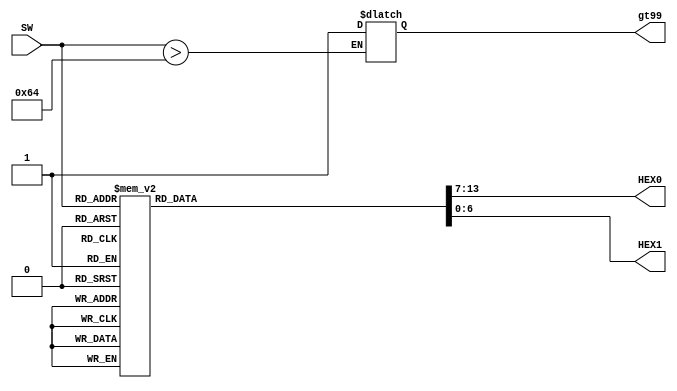
module bcd2driver(
/*
	//////////// CLOCK //////////
	input 		          		ADC_CLK_10,
	input 		          		MAX10_CLK1_50,
	input 		          		MAX10_CLK2_50,

	//////////// SDRAM //////////
	output		    [12:0]		DRAM_ADDR,
	output		     [1:0]		DRAM_BA,
	output		          		DRAM_CAS_N,
	output		          		DRAM_CKE,
	output		          		DRAM_CLK,
	output		          		DRAM_CS_N,
	inout 		    [15:0]		DRAM_DQ,
	output		          		DRAM_LDQM,
	output		          		DRAM_RAS_N,
	output		          		DRAM_UDQM,
	output		          		DRAM_WE_N,

	//////////// SEG7 //////////
	
	output		     [7:0]		HEX2,
	output		     [7:0]		HEX3,
	output		     [7:0]		HEX4,
	output		     [7:0]		HEX5,

	//////////// KEY //////////
	input 		     [1:0]		KEY,

	//////////// LED //////////
	output		     [9:0]		LEDR,

	//////////// SW //////////
	input 		     [9:0]		SW,

	//////////// Accelerometer //////////
	output		          		GSENSOR_CS_N,
	input 		     [2:1]		GSENSOR_INT,
	output		          		GSENSOR_SCLK,
	inout 		          		GSENSOR_SDI,
	inout 		          		GSENSOR_SDO
*/	
	output	reg	     [6:0]		HEX0,
	output	reg	     [6:0]		HEX1,
	input [6:0] SW,
	output reg  gt99
);



//=======================================================
//  REG/WIRE declarations
//=======================================================


   parameter ZERO =  8'b1100_0000;
   parameter ONE =   8'b1111_1001;
	parameter TWO =  8'b1010_0100;
	parameter THREE =  8'b1011_0000;
	parameter FOUR =  8'b1001_1001;
	parameter FIVE =  8'b1001_0010;
	parameter SIX =  8'b1000_0010;
	parameter SEVEN =  8'b1111_1000;
	parameter EIGHT =  8'b1000_0000;
	parameter NINE =  8'b1001_1000;


//=======================================================
//  Structural coding
   
   
    //Internal variables
	 /*
    reg [13:0] bcd; 
     reg [3:0] i;   
     */
     //Always block - implement the Double Dabble algorithm
     always @(SW)begin
	  if(SW[6:0]>8'b0110_0100)begin
	  gt99=1;
	  end
	
	  
	 
		
		case(SW)
			8'b0000_0000: begin
            HEX1 = ZERO; 
            HEX0 = ZERO;
         end
			8'b0000_0001: begin
            HEX1 = ZERO; 
            HEX0 = ONE;
         end
			8'b0000_0010: begin
            HEX1 = ZERO; 
            HEX0 = TWO;
         end
			8'b0000_0011: begin
            HEX1 = ZERO; 
            HEX0 = THREE;
         end
			8'b0000_0100: begin
            HEX1 = ZERO; 
            HEX0 = FOUR;
         end
			8'b0000_0101: begin
            HEX1 = ZERO; 
            HEX0 = FIVE;
         end
			8'b0000_0110: begin
            HEX1 = ZERO; 
            HEX0 = SIX;
         end
			8'b0000_0111: begin
            HEX1 = ZERO; 
            HEX0 = SEVEN;
         end
			8'b0000_1000: begin
            HEX1 = ZERO; 
            HEX0 = EIGHT;
         end
			8'b0000_1001: begin
            HEX1 = ZERO; 
            HEX0 = NINE;
         end
			4'b0000_1010: begin
            HEX1 = ONE; 
            HEX0 = ZERO;
         end
			8'b0000_1011: begin
            HEX1 = ONE; 
            HEX0 = ONE;
         end
			8'b0000_1100: begin
            HEX1 = ONE; 
            HEX0 = TWO;
         end
			8'b0000_1101: begin
            HEX1 = ONE; 
            HEX0 = THREE;
         end
			8'b0000_1110: begin
            HEX1 = ONE; 
            HEX0 = FOUR;
         end
			8'b0000_1111: begin
            HEX1 = ONE; 
            HEX0 = FIVE;
         end
			8'b0001_0000: begin
            HEX1 = ONE; 
            HEX0 = SIX;
         end
			8'b0001_0001: begin
            HEX1 = ONE; 
            HEX0 = SEVEN;
         end
			8'b0001_0010: begin
            HEX1 = ONE; 
            HEX0 = EIGHT;
         end
			8'b0001_0011: begin
            HEX1 = ONE; 
            HEX0 = NINE;
         end
			8'b0001_0100: begin
            HEX1 = TWO; 
            HEX0 = ZERO;
         end
			8'b0001_0101: begin
            HEX1 = TWO; 
            HEX0 = ONE;
         end
			8'b0001_0110: begin
            HEX1 = TWO; 
            HEX0 = TWO;
         end
			8'b0001_0111: begin
            HEX1 = TWO; 
            HEX0 = THREE;
         end
			8'b0001_0111: begin
            HEX1 = TWO; 
            HEX0 = THREE;
         end
			8'b0001_0111: begin
            HEX1 = TWO; 
            HEX0 = THREE;
         end
			8'b0001_1000: begin
            HEX1 = TWO; 
            HEX0 = FOUR;
         end
			8'b0001_1001: begin
            HEX1 = TWO; 
            HEX0 = FIVE;
         end
			8'b0001_1010: begin
            HEX1 = TWO; 
            HEX0 = SIX;
         end
			8'b0001_1011: begin
            HEX1 = TWO; 
            HEX0 = SEVEN;
         end
			8'b0001_1100: begin
            HEX1 = TWO; 
            HEX0 = EIGHT;
         end
			8'b0001_1101: begin
            HEX1 = TWO; 
            HEX0 = NINE;
         end
			8'b0001_1110: begin
            HEX1 = THREE; 
            HEX0 = ZERO;
         end
			8'b0001_1111: begin
            HEX1 = THREE; 
            HEX0 = ONE;
         end
			8'b0010_0000: begin
            HEX1 = THREE; 
            HEX0 = TWO;
         end
			8'b0010_0001: begin
            HEX1 = THREE; 
            HEX0 = THREE;
         end
			8'b0010_0010: begin
            HEX1 = THREE; 
            HEX0 = FOUR;
         end
			8'b0010_0011: begin
            HEX1 = THREE; 
            HEX0 = FIVE;
         end
			8'b0010_0100: begin
            HEX1 = THREE; 
            HEX0 = SIX;
         end
			8'b0010_0101: begin
            HEX1 = THREE; 
            HEX0 = SEVEN;
         end
			8'b0010_0111: begin
            HEX1 = THREE; 
            HEX0 = EIGHT;
         end
			8'b0010_1000: begin
            HEX1 = THREE; 
            HEX0 = NINE;
         end
			8'b0010_1001: begin
            HEX1 = FOUR; 
            HEX0 = ZERO;
         end
			8'b0010_1010: begin
            HEX1 = FOUR; 
            HEX0 = ONE;
         end
			8'b0010_1011: begin
           HEX1 = FOUR; 
            HEX0 = TWO;
         end
			8'b0010_1100: begin
            HEX1 = FOUR; 
            HEX0 = THREE;
         end
			8'b0010_1101: begin
            HEX1 = FOUR; 
            HEX0 = FOUR;
         end
				8'b0010_1110: begin
            HEX1 = FOUR; 
            HEX0 = FIVE;
         end
				8'b0010_1111: begin
            HEX1 = FOUR; 
            HEX0 = SIX;
         end
				8'b0011_0000: begin
            HEX1 = FOUR; 
            HEX0 = SEVEN;
         end
			8'b0011_0001: begin
            HEX1 = FOUR; 
            HEX0 = EIGHT;
         end
			8'b0011_0010: begin
            HEX1 = FOUR; 
            HEX0 = NINE;
         end
			8'b0011_0011: begin
            HEX1 = FIVE; 
            HEX0 = ZERO;
         end
				8'b0011_0100: begin
            HEX1 = FIVE; 
            HEX0 = ONE;
         end
				8'b0011_0101: begin
            HEX1 = FIVE; 
            HEX0 = TWO;
         end
				8'b0011_0110: begin
            HEX1 = FIVE; 
            HEX0 = THREE;
         end
				8'b0011_0111: begin
            HEX1 = FIVE; 
            HEX0 = FOUR;
         end
				8'b0011_1000: begin
            HEX1 = FIVE; 
            HEX0 = FIVE;
         end
			8'b0011_1001: begin
            HEX1 = FIVE; 
            HEX0 = SIX;
         end
			8'b0011_1010: begin
            HEX1 = FIVE; 
            HEX0 = SEVEN;
         end
			8'b0011_1011: begin
            HEX1 = FIVE; 
            HEX0 = EIGHT;
         end
			8'b0011_1100: begin
            HEX1 = FIVE; 
            HEX0 = NINE;
         end
			8'b0011_1101: begin
            HEX1 = SIX; 
            HEX0 = ZERO;
         end
			8'b0011_1110: begin
            HEX1 = SIX; 
            HEX0 = ONE;
         end
			8'b0011_1111: begin
            HEX1 = SIX; 
            HEX0 = TWO;
         end
			8'b0100_0000: begin
            HEX1 = SIX; 
            HEX0 = THREE;
         end
			8'b0100_0001: begin
            HEX1 = SIX; 
            HEX0 = FOUR;
         end
			8'b0100_0010: begin
            HEX1 = SIX; 
            HEX0 = FIVE;
         end
			8'b0100_0011: begin
            HEX1 = SIX; 
            HEX0 = SIX;
         end
			8'b0100_0100: begin
            HEX1 = SIX; 
           HEX0 = SEVEN;
         end
			8'b0100_0101: begin
            HEX1 = SIX; 
            HEX0 = EIGHT;
         end
			8'b0100_0110: begin
            HEX1 = SIX; 
            HEX0 = NINE;
         end
			8'b0100_0111: begin
            HEX1 = SEVEN; 
           HEX0 = ZERO;
         end
			8'b0100_1000: begin
            HEX1 = SEVEN; 
            HEX0 = ONE;
         end
			8'b0100_1001: begin
            HEX1 = SEVEN; 
            HEX0 = TWO;
         end
				8'b0100_1010: begin
            HEX1 = SEVEN; 
            HEX0 = THREE;
         end
				8'b0100_1011: begin
            HEX1 = SEVEN; 
            HEX0 = FOUR;
         end
				8'b0100_1100: begin
            HEX1 = SEVEN; 
            HEX0 = FIVE;
         end
			8'b0100_1101: begin
            HEX1 = SEVEN; 
            HEX0 = SIX;
         end
			8'b0100_1110: begin
            HEX1 = SEVEN; 
            HEX0 = SEVEN;
         end
			8'b0100_1111: begin
            HEX1 = SEVEN; 
            HEX0 = EIGHT;
         end
			8'b0101_0000: begin
            HEX1 = SEVEN; 
            HEX0 = NINE;
         end
			8'b0101_0001: begin
            HEX1 = EIGHT; 
            HEX0 = ZERO;
         end
			8'b0101_0010: begin
            HEX1 = EIGHT; 
            HEX0 = ONE;
         end
			8'b0101_0011: begin
            HEX1 = EIGHT; 
            HEX0 = TWO;
         end
			8'b0101_0100: begin
            HEX1 = EIGHT; 
            HEX0 = THREE;
         end
			8'b0101_0101: begin
            HEX1 = EIGHT; 
            HEX0 = FOUR;
         end
			8'b0101_0110: begin
            HEX1 = EIGHT; 
           HEX0 = FIVE;
         end
			8'b0101_0111: begin
            HEX1 = EIGHT; 
            HEX0 = SIX;
         end
			8'b0101_1000: begin
            HEX1 = EIGHT; 
            HEX0 = SEVEN;
         end
			8'b0101_1001: begin
            HEX1 = EIGHT; 
            HEX0 = EIGHT;
         end
			8'b0101_1010: begin
            HEX1 = EIGHT; 
            HEX0 = NINE;
         end
			8'b0101_1011: begin
            HEX1 = NINE; 
            HEX0 = ZERO;
         end
			8'b0101_1100: begin
            HEX1 = NINE; 
            HEX0 = ONE;
         end
			8'b0101_1101: begin
            HEX1 = NINE; 
            HEX0 = TWO;
         end
			8'b0101_1110: begin
            HEX1 = NINE; 
            HEX0 = THREE;
         end
			8'b0101_1111: begin
            HEX1 = NINE; 
            HEX0 = FOUR;
         end
			8'b0110_0000: begin
            HEX1 = NINE; 
            HEX0 = FIVE;
         end
			8'b0110_0001: begin
            HEX1 = NINE; 
            HEX0 = SIX;
         end
			8'b0110_0010: begin
            HEX1 = NINE; 
            HEX0 = SEVEN;
         end
				8'b0110_0011: begin
            HEX1 = NINE; 
            HEX0 = EIGHT;
         end
				8'b0110_0100: begin
            HEX1 = NINE; 
            HEX0 = NINE;
         end
			default: begin
            HEX1 = 8'b1011_1111; 
            HEX0 = 8'b1011_1111;
         end
	endcase
end
endmodule